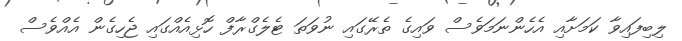
ލިބިފައިވާ ކަމަށާއި އެހެންނަމަވެސް ވައިގެ ތެރޭގައި ނުވަތަ ޓެލެގްރާފް ހޮޅިއެއްގައި ޖެހިގެން އެއްވެސް